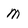
Character: M